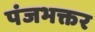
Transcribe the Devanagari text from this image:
पंजभक्तर